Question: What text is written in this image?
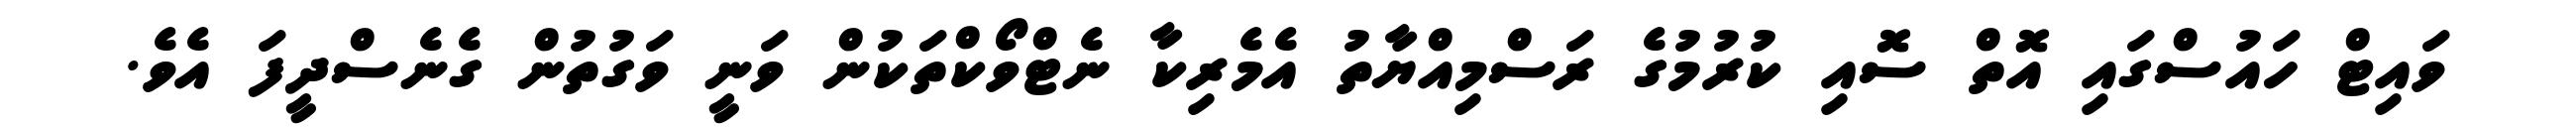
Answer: ވައިޓް ހައުސްގައި އޮތް ސޮއި ކުރުމުގެ ރަސްމިއްޔާތު އެމެރިކާ ނެޓްވޯކްތަކުން ވަނީ ވަގުތުން ގެނެސްދީފަ އެވެ.